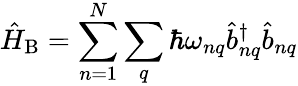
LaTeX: \hat{H}_{\mathrm{B}}=\sum_{n=1}^{N}\sum_{q}\hbar\omega_{nq}\hat{b}_{nq}^{\dagger}\hat{b}_{nq}